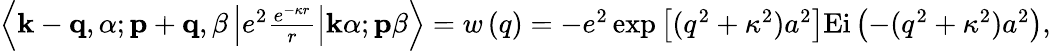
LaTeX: \begin{array}{r}{\left\langle\textbf{k}-\mathbf{q},\alpha;\textbf{p}+\mathbf{q},\beta\left|e^{2}\frac{e^{-\kappa r}}{r}\right|\textbf{k}\alpha;\textbf{p}\beta\right\rangle=w\left(q\right)=-e^{2}\exp\left[(q^{2}+\kappa^{2})a^{2}\right]\mathrm{Ei}\left(-(q^{2}+\kappa^{2})a^{2}\right),}\end{array}